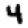
Digit: 4